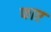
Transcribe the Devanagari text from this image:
फाए